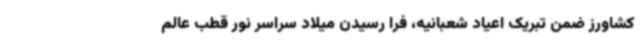
کشاورز ضمن تبریک اعیاد شعبانیه، فرا رسیدن میلاد سراسر نور قطب عالم